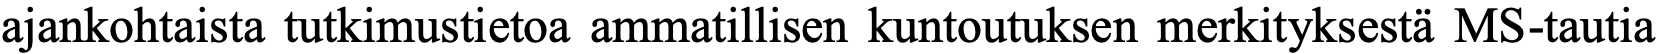
ajankohtaista tutkimustietoa ammatillisen kuntoutuksen merkityksestä MS-tautia